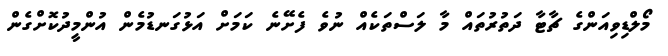
މޯލްޑިވިއަންގެ ޗާޓާ ދަތުރުތައް މާ ލަސްތަކެއް ނުވެ ފެށޭނެ ކަމަށް އަޅުގަނޑުމެން އުންމީދުކޮށްގެން